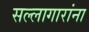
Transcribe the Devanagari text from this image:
सल्लागारांना